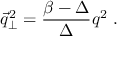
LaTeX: { \vec { q } } _ { \perp } ^ { 2 } = { \frac { \beta - \Delta } { \Delta } } q ^ { 2 } \ .